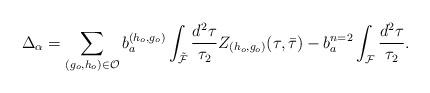
LaTeX: \begin{align*}\Delta_{\alpha}= \sum_{(g_o,h_o) \in {\cal O}} b_a^{(h_o,g_o)}\int_{\tilde {\cal F}} \frac{d^2 \tau}{\tau_2}Z_{(h_o,g_o)}(\tau,{\bar \tau}) -b_a^{n=2}\int_{\cal F} \frac{d^2 \tau}{\tau_2}.\end{align*}